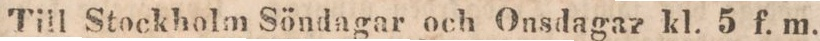
Till Stockholm Söndagar och Onsdagar kl. 5 f. m.